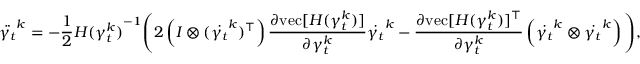
\ddot { \gamma _ { t } } ^ { k } = - \frac { 1 } { 2 } { H ( \gamma _ { t } ^ { k } ) } ^ { - 1 } \Bigg ( 2 \left( I \otimes ( \dot { \gamma _ { t } } ^ { k } ) ^ { \top } \right) \frac { \partial \mathrm { v e c } [ H ( \gamma _ { t } ^ { k } ) ] } { \partial \gamma _ { t } ^ { k } } \dot { \gamma _ { t } } ^ { k } - \frac { \partial \mathrm { v e c } [ H ( \gamma _ { t } ^ { k } ) ] ^ { \top } } { \partial \gamma _ { t } ^ { k } } \left( \dot { \gamma _ { t } } ^ { k } \otimes \dot { \gamma _ { t } } ^ { k } \right) \Bigg ) ,